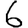
Digit: 6